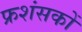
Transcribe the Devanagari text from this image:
फ्रशंसकों